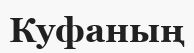
Куфаның